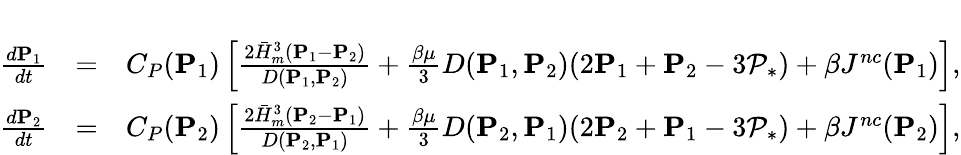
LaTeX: \begin{array}{rlr}&{}&\\ {\frac{d\mathbf{P}_{1}}{dt}}&{=}&{C_{P}(\mathbf{P}_{1})\left[\frac{2\bar{H}_{m}^{3}(\mathbf{P}_{1}-\mathbf{P}_{2})}{D(\mathbf{P}_{1},\mathbf{P}_{2})}+{\frac{\beta\mu}{3}}D(\mathbf{P}_{1},\mathbf{P}_{2})(2\mathbf{P}_{1}+\mathbf{P}_{2}-3\mathcal{P}_{*})+\beta J^{nc}(\mathbf{P}_{1})\right],}\\ {\frac{d\mathbf{P}_{2}}{dt}}&{=}&{C_{P}(\mathbf{P}_{2})\left[\frac{2\bar{H}_{m}^{3}(\mathbf{P}_{2}-\mathbf{P}_{1})}{D(\mathbf{P}_{2},\mathbf{P}_{1})}+{\frac{\beta\mu}{3}}D(\mathbf{P}_{2},\mathbf{P}_{1})(2\mathbf{P}_{2}+\mathbf{P}_{1}-3\mathcal{P}_{*})+\beta J^{nc}(\mathbf{P}_{2})\right],}\end{array}